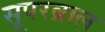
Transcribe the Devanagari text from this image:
सूपरब्राल